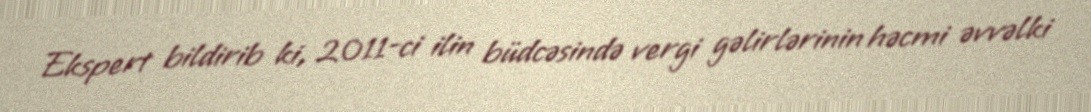
Ekspert bildirib ki, 2011-ci ilin büdcəsində vergi gəlirlərinin həcmi əvvəlki